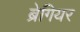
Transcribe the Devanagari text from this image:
ब्रेगियर